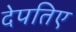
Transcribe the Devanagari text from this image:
देपतिए